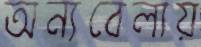
অন্যবেলায়